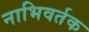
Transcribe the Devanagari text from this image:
नाभिवर्तक